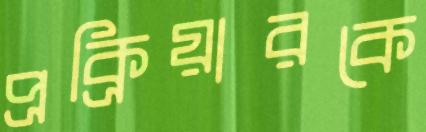
প্রক্রিয়ারকে